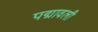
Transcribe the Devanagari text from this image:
पद्मावली